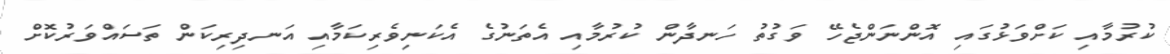
ކުރުމާއި ކަށްވަޅުގައި އޮންނަންޖެހޭ ވަގުތު ހަނދާން ކުރުމާއި އެތަނުގެ އެކަނިވެރިކަމާއި އަނދިރިކަން ތަސައްވަރުކޮށް